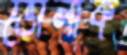
ভোলাক